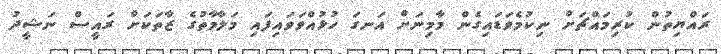
ރައްޔިތުން ކުރިމައްޗަށް ނިކުމެވަޑައިގެން މާމިނަށް އަނގަ ހުޅުއްވަވައިފައި މަލާމާތުގެ ޒާތަކަށް ރައީސް ނަޝީދު